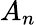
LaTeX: A_{n}